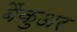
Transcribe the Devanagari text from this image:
बैंकुअर